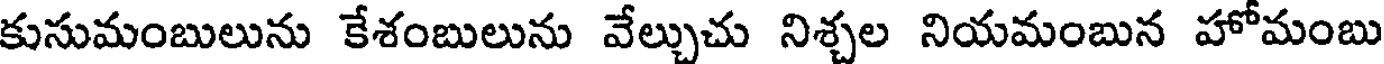
కుసుమంబులును కేశంబులును వేల్చుచు నిశ్చల నియమంబున హోమంబు